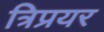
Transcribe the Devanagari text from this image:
त्रिप्रयर